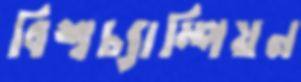
বিশ্বচ্যাম্পিয়ন